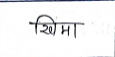
मजकूर: खिमा